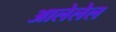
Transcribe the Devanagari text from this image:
आलेलेल